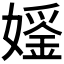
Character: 𪦢